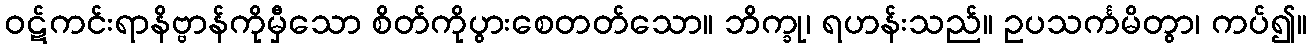
ဝဋ်ကင်းရာနိဗ္ဗာန်ကိုမှီသော စိတ်ကိုပွားစေတတ်သော။ ဘိက္ခု၊ ရဟန်းသည်။ ဥပသင်္ကမိတွာ၊ ကပ်၍။